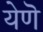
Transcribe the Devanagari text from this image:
येणॆ